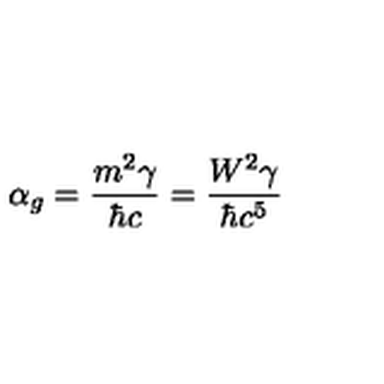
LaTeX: \alpha _ { g } = \frac { m ^ { 2 } \gamma } { \hbar c } = \frac { W ^ { 2 } \gamma } { \hbar c ^ { 5 } }